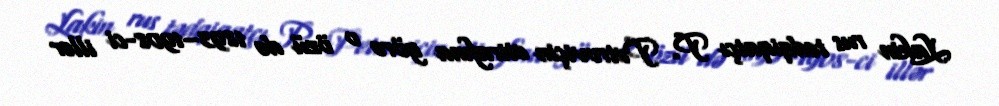
Lakin rus tədqiqatçı P. Petroviçin etirafına görə o özü də 1893–1908-ci illər